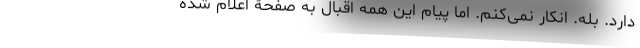
دارد. بله. انکار نمی‌کنم. اما پیام این همه اقبال به صفحۀ اعلام شده